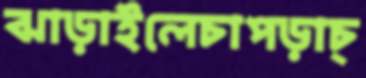
ঝাড়াইলেচাপড়াচ্